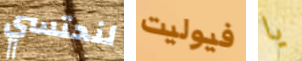
لنحتسي فيوليت يا